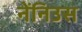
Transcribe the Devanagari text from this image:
नेंनिउस